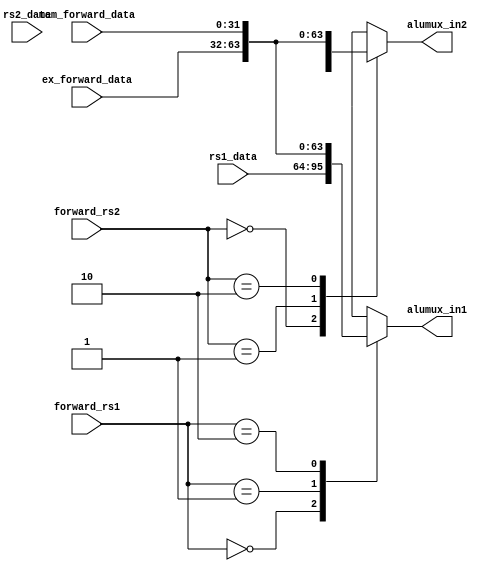
`timescale 1ns / 1ps
//////////////////////////////////////////////////////////////////////////////////
// Company: 
// 
// Design Name: 
// Module Name:    forwarding_mux 
// Project Name: RISC V Processor Design
// Target Devices: 
// Tool versions: 
// Description: 
//
// Dependencies: 
//
// Revision: 
// Revision 0.01 - File Created
// Additional Comments: 
//
//////////////////////////////////////////////////////////////////////////////////
module forwarding_mux(input [31:0] rs1_data, input [31:0] rs2_data, input [31:0] ex_forward_data, input [31:0] mem_forward_data,
input [1:0] forward_rs1, input [1:0] forward_rs2, output reg [31:0] alumux_in1,output reg [31:0] alumux_in2
    );
	 
always@(rs1_data,ex_forward_data,mem_forward_data,forward_rs1)
begin
case(forward_rs1)
2'b00: alumux_in1=rs1_data;
2'b01: alumux_in1=ex_forward_data;
2'b10: alumux_in1=mem_forward_data;
default: alumux_in1=32'bx;
endcase
end

always@(rs2_data,ex_forward_data,mem_forward_data,forward_rs2)
begin
case(forward_rs2)
2'b00: alumux_in2=rs2_data;
2'b01: alumux_in2=ex_forward_data;
2'b10: alumux_in2=mem_forward_data;
default: alumux_in2=32'bx;
endcase
end
endmodule